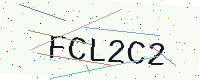
Text: FCL2C2